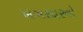
ખબરદારનો